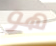
هو